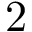
2